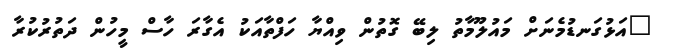
"އަޅުގަނޑުމެނަށް މައުލޫމާތު ލިބޭ ގޮތުން ވިއްޔާ ހަފްތާއަކު އެގާރަ ހާސް މީހުން ދަތުރުކުރާ